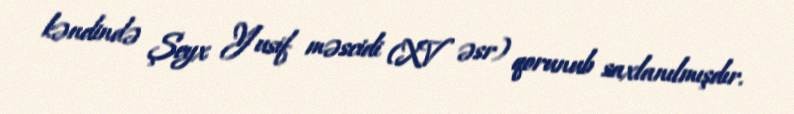
kəndində Şeyx Yusif məscidi (XV əsr) qorunub saxlanılmışdır.